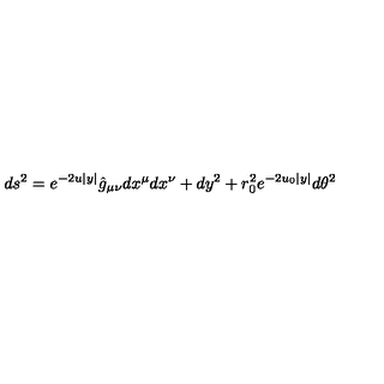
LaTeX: d s ^ { 2 } = e ^ { - 2 u | y | } \hat { g } _ { \mu \nu } d x ^ { \mu } d x ^ { \nu } + d y ^ { 2 } + r _ { 0 } ^ { 2 } e ^ { - 2 u _ { 0 } | y | } d \theta ^ { 2 }